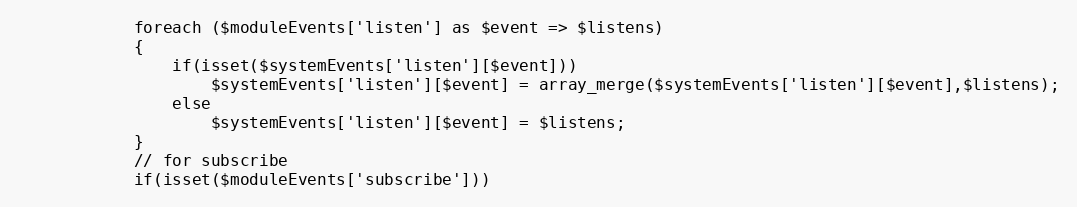
Language: PHP
            foreach ($moduleEvents['listen'] as $event => $listens)
            {
                if(isset($systemEvents['listen'][$event]))
                    $systemEvents['listen'][$event] = array_merge($systemEvents['listen'][$event],$listens);
                else
                    $systemEvents['listen'][$event] = $listens;
            }
            // for subscribe
            if(isset($moduleEvents['subscribe']))